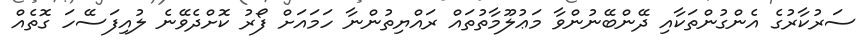
ސަރުކާރުގެ އެންގުންތަކާއި ދޭންބޭނުންވާ މަޢުލޫމާތުތައް ރައްޔިތުންނާ ހަމައަށް ފޯރު ކޮށްދެވޭނެ ލުއިފަސޭހަ ގޮތެއް